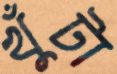
খুঁটা